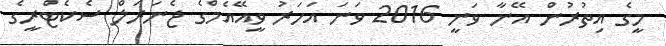
މީގެ އިތުރުން އޭނާ ވަނީ 2016 ވަނަ އަަހަރު ވީއޭއެމްގެ ޖެނަރަލް ސެކެޓްރީގެ